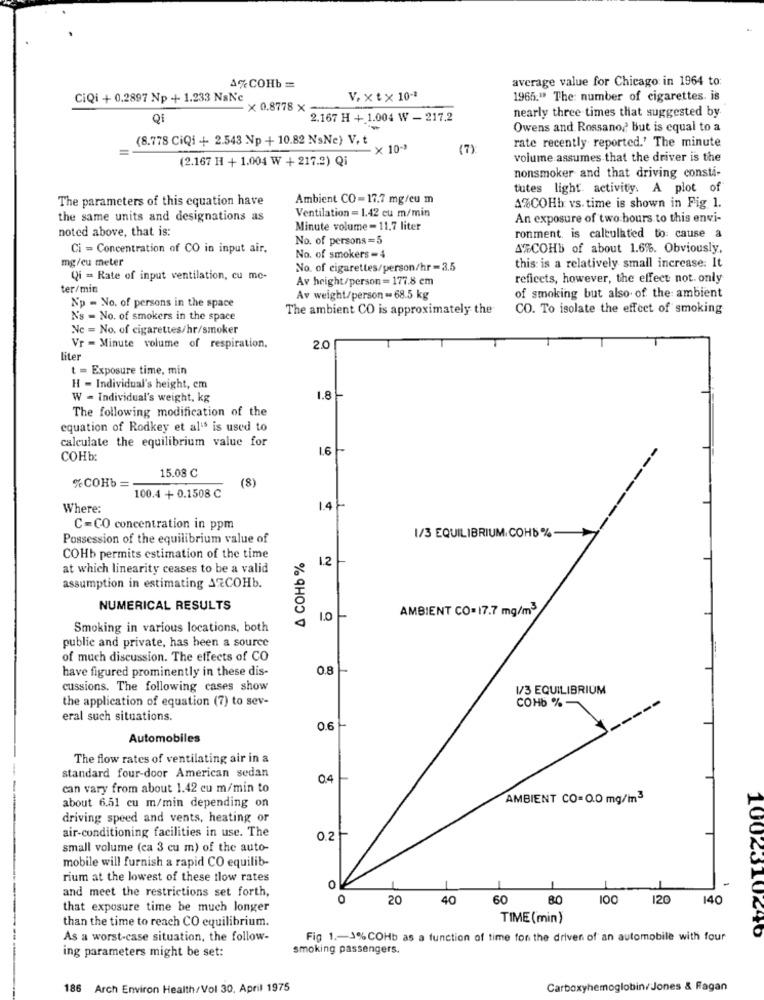
average value for Chicago in 1964 to:
A%COHb =
CiQi + 0.2897 Np + 1.233 NaNc
V. xt x 10-1
1965." The: number of cigarettes. is
- x 0.8778 x
Q1
2.167 H + 1.004 W - 217.2
nearly three times that suggested by
Owens and Rossano? but is equal to a
(8.778 CiQi + 2.543 Np + 10.82 NsNe) V. t
rate recently reported.' The minute
x 10-3
(7):
(2.167 H + 1.004 W + 217.2) Qi
volume assumes that the driver is the
nonsmoker and that driving consta-
tutes light activity. A plot of
The parameters of this equation have
Ambient CO=17.7 mg/cu m
Ventilation = 1.42 cu m/min
4%COHb vs. time is shown in Fig. 1.
the same units and designations as
An exposure of two hours to this envi-
noted above, that is:
Minute volume = 11,7 liter
No. of persons=5
ronment. is calculated to: cause a
Ci = Concentration of CO in input air.
ATCOHb of about 1.6. Obviously,
mg/cu meter
No. of smokers=4
No. of cigarettes/person/hr=3.5
this is a relatively small increase: It
Qi - Rate of input ventilation, cu me-
Av height/person =177.8 em
reficets, however, the effect not. only
ter/min
Av weight/person -. 68.5 kg
of smoking but also of the ambient
Np - No. of persons in the space
The ambient CO is approximately the
CO. To isolate the effect of smoking
N's - No. of smokers in the space
Nc = No. of cigarettes/hr/smoker
Vr - Minute volume of respiration.
2.0
liter
t = Exposure time, min
H - Individual's height, em
W = Individual's weight, kg
1.8
The following modification of the
equation of Rodkey et al's is used to
calculate the equilibrium value for
1.6
COHb:
15.08 ℃
%COHb =
(8)
100.4 +0.1508 C
Where:
1.4
C=CO concentration in ppm
Possession of the equilibrium value of
1/3 EQUILIBRIUM, COHB%
COHb permits estimation of the time
A COHb %
1.2
at which linearity ceases to be a valid
assumption in estimating AZCOHb.
NUMERICAL RESULTS
AMBIENT CO= 17.7 mg/m3
1.O
Smoking in various locations, both
public and private, has been a source
of much discussion. The effects of CO
have figured prominently in these dis-
0.8
cussions. The following cases show
1/3 EQUILIBRIUM
the application of equation (7) to sev-
COHb %-
-----
eral such situations.
0.6
Automobiles
The flow rates of ventilating air in a
standard four-door American sedan
0.4
can vary from about 1.42 cu m/min to
about 6.51 cu m/min depending on
AMBIENT CO=0.0 mg/m3
driving speed and vents, heating or
air-conditioning facilities in use. The
0.2
small volume (ca 3 cu m) of the auto-
mobile will furnish a rapid CO equilib-
rium at the lowest of these tlow rates
-
and meet the restrictions set forth,
0
1002310
0
20
40
60
BO
100
120
140
that exposure time be much longer
than the time to reach CO equilibrium.
TIME (min)
As a worst-case situation, the follow-
Fig 1 .- 3% COHb as a function of time for the driven of an automobile with four
ing parameters might be set:
smoking passengers.
186
Arch Environ Health/Vol 30. April 1975
Carboxyhemoglobin/Jones & Fagan